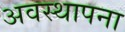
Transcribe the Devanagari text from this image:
अवस्‍थापना